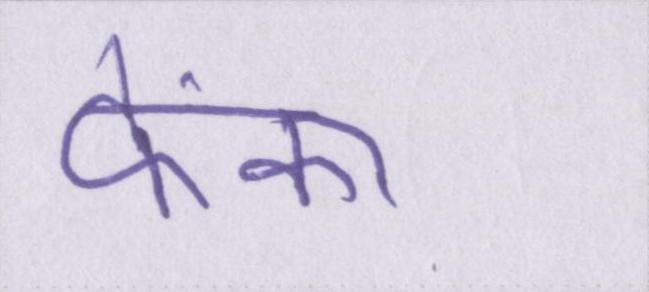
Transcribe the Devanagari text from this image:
फेंका